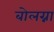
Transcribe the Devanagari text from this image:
बोलग्ना